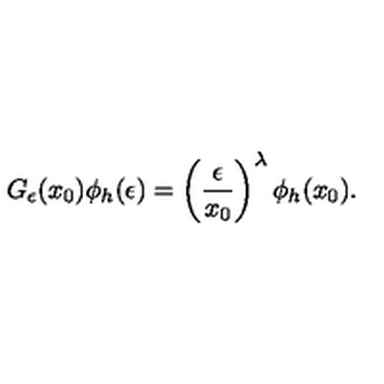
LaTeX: G _ { \epsilon } ( x _ { 0 } ) \phi _ { h } ( \epsilon ) = \left( { \frac { \epsilon } { x _ { 0 } } } \right) ^ { \lambda } \phi _ { h } ( x _ { 0 } ) .